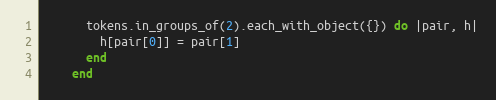
Language: Ruby
      tokens.in_groups_of(2).each_with_object({}) do |pair, h|
        h[pair[0]] = pair[1]
      end
    end